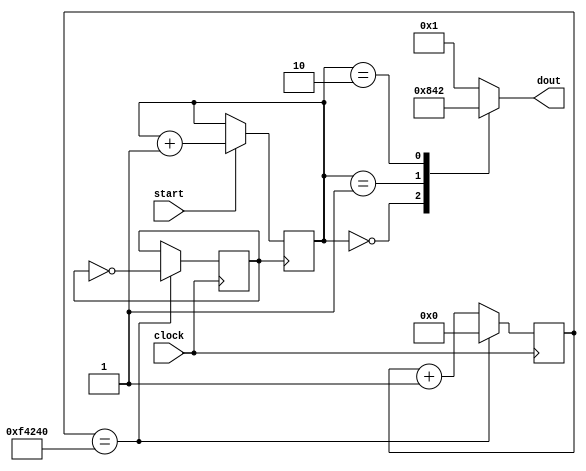
`timescale 1ns / 1ps
module st(start,clock,dout);
input clock;
wire clock;
reg [19:0]count;
reg clock1;
always@(posedge clock) begin //Dividing the clock frequency
count<=count+1;
if(count==1000000) begin
count<=0;
clock1<=!clock1;
end
end
output[3:0]dout;
reg[3:0]dout;
input start;
wire start;
reg [1:0]m;
initial m=0;
always@(posedge (clock1)) begin
if(start)
m<=m+1;
end
always@(m) begin
case(m)
0:dout=8;
1:dout=4;
2:dout=2;
default:dout=1;
endcase
end
endmodule